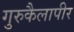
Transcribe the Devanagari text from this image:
गुरुकैलापीर